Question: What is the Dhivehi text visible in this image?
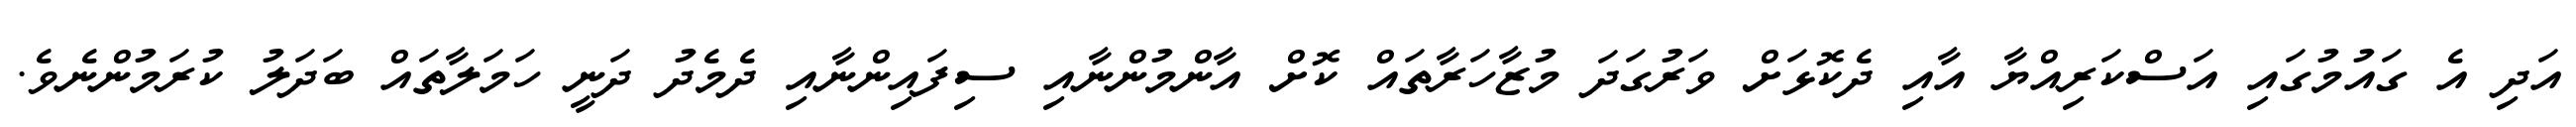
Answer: އަދި އެ ގައުމުގައި އަސްކަރިއްޔާ އާއި ދެކޮޅަށް ވަރުގަދަ މުޒާހަރާތައް ކޮށް އާންމުންނާއި ސިފައިންނާއި ދެމެދު ދަނީ ހަމަލާތައް ބަދަލު ކުރަމުންނެވެ.